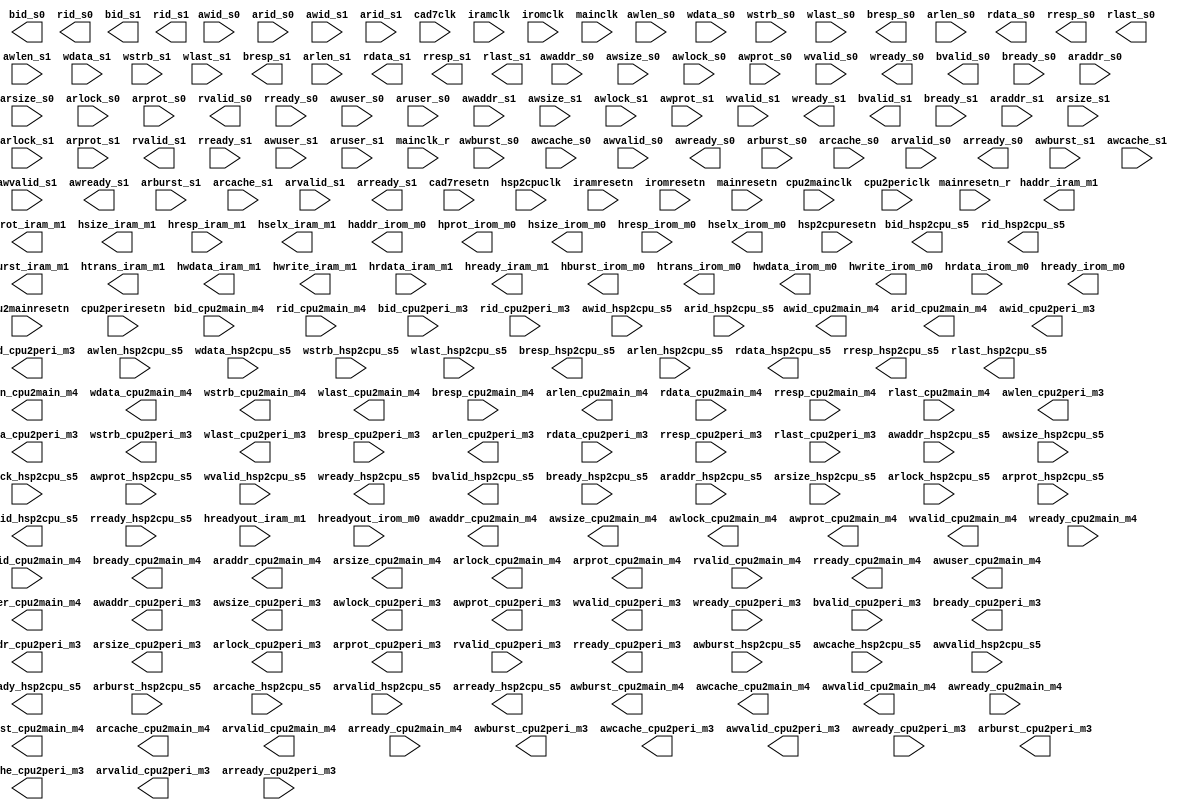
//- - - - - - - - - - - - - - - - - - - - - - - - - - - - - - - - - - - - - - -
// The confidential and proprietary information contained in this file may     
// only be used by a person authorised under and to the extent permitted       
// by a subsisting licensing agreement from ARM Limited.                       
//                                                                             
//            (C) COPYRIGHT 2005-2015 ARM Limited.
//                ALL RIGHTS RESERVED                                          
//                                                                             
// This entire notice must be reproduced on all copies of this file            
// and copies of this file may only be made by a person if such person is      
// permitted to do so under the terms of a subsisting license agreement        
// from ARM Limited.                                                           
//                                                                             
//- - - - - - - - - - - - - - - - - - - - - - - - - - - - - - - - - - - - - - -
// Top-Level Verilog file is auto-generated by AMBA Designer ADr3p5-01eac0-build-0005

//                                                                             
// Stitcher: generic_stitcher_core v3.1, built on Dec  1 2015
//                                                                             
//                                                                             
//- - - - - - - - - - - - - - - - - - - - - - - - - - - - - - - - - - - - - - -
// Generated with Validator version1.0


//-----------------------------------------------------------------------------
// Module Declaration nic400_wn7_cpu_r0p18
//-----------------------------------------------------------------------------

module bus_cpu (
  
// Instance: u_cd_cad7, Port: cad7_s0

  awid_s0,
  awaddr_s0,
  awlen_s0,
  awsize_s0,
  awburst_s0,
  awlock_s0,
  awcache_s0,
  awprot_s0,
  awvalid_s0,
  awready_s0,
  wdata_s0,
  wstrb_s0,
  wlast_s0,
  wvalid_s0,
  wready_s0,
  bid_s0,
  bresp_s0,
  bvalid_s0,
  bready_s0,
  arid_s0,
  araddr_s0,
  arlen_s0,
  arsize_s0,
  arburst_s0,
  arlock_s0,
  arcache_s0,
  arprot_s0,
  arvalid_s0,
  arready_s0,
  rid_s0,
  rdata_s0,
  rresp_s0,
  rlast_s0,
  rvalid_s0,
  rready_s0,
  awuser_s0,
  aruser_s0,

  awid_s1,
  awaddr_s1,
  awlen_s1,
  awsize_s1,
  awburst_s1,
  awlock_s1,
  awcache_s1,
  awprot_s1,
  awvalid_s1,
  awready_s1,
  wdata_s1,
  wstrb_s1,
  wlast_s1,
  wvalid_s1,
  wready_s1,
  bid_s1,
  bresp_s1,
  bvalid_s1,
  bready_s1,
  arid_s1,
  araddr_s1,
  arlen_s1,
  arsize_s1,
  arburst_s1,
  arlock_s1,
  arcache_s1,
  arprot_s1,
  arvalid_s1,
  arready_s1,
  rid_s1,
  rdata_s1,
  rresp_s1,
  rlast_s1,
  rvalid_s1,
  rready_s1,
  awuser_s1,
  aruser_s1,
  


// Instance: u_cd_cpu2main, Port: cpu2main_m4

  awid_cpu2main_m4,
  awaddr_cpu2main_m4,
  awlen_cpu2main_m4,
  awsize_cpu2main_m4,
  awburst_cpu2main_m4,
  awlock_cpu2main_m4,
  awcache_cpu2main_m4,
  awprot_cpu2main_m4,
  awvalid_cpu2main_m4,
  awready_cpu2main_m4,
  wdata_cpu2main_m4,
  wstrb_cpu2main_m4,
  wlast_cpu2main_m4,
  wvalid_cpu2main_m4,
  wready_cpu2main_m4,
  bid_cpu2main_m4,
  bresp_cpu2main_m4,
  bvalid_cpu2main_m4,
  bready_cpu2main_m4,
  arid_cpu2main_m4,
  araddr_cpu2main_m4,
  arlen_cpu2main_m4,
  arsize_cpu2main_m4,
  arburst_cpu2main_m4,
  arlock_cpu2main_m4,
  arcache_cpu2main_m4,
  arprot_cpu2main_m4,
  arvalid_cpu2main_m4,
  arready_cpu2main_m4,
  rid_cpu2main_m4,
  rdata_cpu2main_m4,
  rresp_cpu2main_m4,
  rlast_cpu2main_m4,
  rvalid_cpu2main_m4,
  rready_cpu2main_m4,
  awuser_cpu2main_m4,
  aruser_cpu2main_m4,
  
// Instance: u_cd_cpu2peri, Port: cpu2peri_m3

  awid_cpu2peri_m3,
  awaddr_cpu2peri_m3,
  awlen_cpu2peri_m3,
  awsize_cpu2peri_m3,
  awburst_cpu2peri_m3,
  awlock_cpu2peri_m3,
  awcache_cpu2peri_m3,
  awprot_cpu2peri_m3,
  awvalid_cpu2peri_m3,
  awready_cpu2peri_m3,
  wdata_cpu2peri_m3,
  wstrb_cpu2peri_m3,
  wlast_cpu2peri_m3,
  wvalid_cpu2peri_m3,
  wready_cpu2peri_m3,
  bid_cpu2peri_m3,
  bresp_cpu2peri_m3,
  bvalid_cpu2peri_m3,
  bready_cpu2peri_m3,
  arid_cpu2peri_m3,
  araddr_cpu2peri_m3,
  arlen_cpu2peri_m3,
  arsize_cpu2peri_m3,
  arburst_cpu2peri_m3,
  arlock_cpu2peri_m3,
  arcache_cpu2peri_m3,
  arprot_cpu2peri_m3,
  arvalid_cpu2peri_m3,
  arready_cpu2peri_m3,
  rid_cpu2peri_m3,
  rdata_cpu2peri_m3,
  rresp_cpu2peri_m3,
  rlast_cpu2peri_m3,
  rvalid_cpu2peri_m3,
  rready_cpu2peri_m3,
  

// Instance: u_cd_hsp2cpu, Port: hsp2cpu_s5

  awid_hsp2cpu_s5,
  awaddr_hsp2cpu_s5,
  awlen_hsp2cpu_s5,
  awsize_hsp2cpu_s5,
  awburst_hsp2cpu_s5,
  awlock_hsp2cpu_s5,
  awcache_hsp2cpu_s5,
  awprot_hsp2cpu_s5,
  awvalid_hsp2cpu_s5,
  awready_hsp2cpu_s5,
  wdata_hsp2cpu_s5,
  wstrb_hsp2cpu_s5,
  wlast_hsp2cpu_s5,
  wvalid_hsp2cpu_s5,
  wready_hsp2cpu_s5,
  bid_hsp2cpu_s5,
  bresp_hsp2cpu_s5,
  bvalid_hsp2cpu_s5,
  bready_hsp2cpu_s5,
  arid_hsp2cpu_s5,
  araddr_hsp2cpu_s5,
  arlen_hsp2cpu_s5,
  arsize_hsp2cpu_s5,
  arburst_hsp2cpu_s5,
  arlock_hsp2cpu_s5,
  arcache_hsp2cpu_s5,
  arprot_hsp2cpu_s5,
  arvalid_hsp2cpu_s5,
  arready_hsp2cpu_s5,
  rid_hsp2cpu_s5,
  rdata_hsp2cpu_s5,
  rresp_hsp2cpu_s5,
  rlast_hsp2cpu_s5,
  rvalid_hsp2cpu_s5,
  rready_hsp2cpu_s5,
  
// Instance: u_cd_iram, Port: iram_m1

  haddr_iram_m1,
  hburst_iram_m1,
  hprot_iram_m1,
  hsize_iram_m1,
  htrans_iram_m1,
  hwdata_iram_m1,
  hwrite_iram_m1,
  hrdata_iram_m1,
  hreadyout_iram_m1,
  hresp_iram_m1,
  hselx_iram_m1,
  hready_iram_m1,
  
// Instance: u_cd_irom, Port: irom_m0

  haddr_irom_m0,
  hburst_irom_m0,
  hprot_irom_m0,
  hsize_irom_m0,
  htrans_irom_m0,
  hwdata_irom_m0,
  hwrite_irom_m0,
  hrdata_irom_m0,
  hreadyout_irom_m0,
  hresp_irom_m0,
  hselx_irom_m0,
  hready_irom_m0,
  
//  Non-bus signals

  cad7clk,
  cad7resetn,
  cpu2mainclk,
  cpu2mainresetn,
  cpu2periclk,
  cpu2periresetn,
  hsp2cpuclk,
  hsp2cpuresetn,
  iramclk,
  iramresetn,
  iromclk,
  iromresetn,
  mainclk,
  mainclk_r,
  mainresetn,
  mainresetn_r,
);



//-----------------------------------------------------------------------------
// Port Declarations
//-----------------------------------------------------------------------------
// Instance: u_cd_cad7, Port: cad7_s0
input  [5:0]  awid_s0;
input  [32:0] awaddr_s0;
input  [7:0]  awlen_s0;
input  [2:0]  awsize_s0;
input  [1:0]  awburst_s0;
input  [1:0]  awlock_s0;
input  [3:0]  awcache_s0;
input  [2:0]  awprot_s0;
input         awvalid_s0;
output        awready_s0;
input  [127:0] wdata_s0;
input  [15:0] wstrb_s0;
input         wlast_s0;
input         wvalid_s0;
output        wready_s0;
output [5:0]  bid_s0;
output [1:0]  bresp_s0;
output        bvalid_s0;
input         bready_s0;
input  [5:0]  arid_s0;
input  [32:0] araddr_s0;
input  [7:0]  arlen_s0;
input  [2:0]  arsize_s0;
input  [1:0]  arburst_s0;
input         arlock_s0;
input  [3:0]  arcache_s0;
input  [2:0]  arprot_s0;
input         arvalid_s0;
output        arready_s0;
output [5:0]  rid_s0;
output [127:0] rdata_s0;
output [1:0]  rresp_s0;
output        rlast_s0;
output        rvalid_s0;
input         rready_s0;
input  [2:0]  awuser_s0;
input  [2:0]  aruser_s0;

input  [5:0]  awid_s1;
input  [32:0] awaddr_s1;
input  [7:0]  awlen_s1;
input  [2:0]  awsize_s1;
input  [1:0]  awburst_s1;
input         awlock_s1;
input  [3:0]  awcache_s1;
input  [2:0]  awprot_s1;
input         awvalid_s1;
output        awready_s1;
input  [127:0] wdata_s1;
input  [15:0] wstrb_s1;
input         wlast_s1;
input         wvalid_s1;
output        wready_s1;
output [5:0]  bid_s1;
output [1:0]  bresp_s1;
output        bvalid_s1;
input         bready_s1;
input  [5:0]  arid_s1;
input  [32:0] araddr_s1;
input  [7:0]  arlen_s1;
input  [2:0]  arsize_s1;
input  [1:0]  arburst_s1;
input         arlock_s1;
input  [3:0]  arcache_s1;
input  [2:0]  arprot_s1;
input         arvalid_s1;
output        arready_s1;
output [5:0]  rid_s1;
output [127:0] rdata_s1;
output [1:0]  rresp_s1;
output        rlast_s1;
output        rvalid_s1;
input         rready_s1;
input  [2:0]  awuser_s1;
input  [2:0]  aruser_s1;


// Instance: u_cd_cpu2main, Port: cpu2main_m4

output [10:0] awid_cpu2main_m4;
output [32:0] awaddr_cpu2main_m4;
output [7:0]  awlen_cpu2main_m4;
output [2:0]  awsize_cpu2main_m4;
output [1:0]  awburst_cpu2main_m4;
output        awlock_cpu2main_m4;
output [3:0]  awcache_cpu2main_m4;
output [2:0]  awprot_cpu2main_m4;
output        awvalid_cpu2main_m4;
input         awready_cpu2main_m4;
output [127:0] wdata_cpu2main_m4;
output [15:0] wstrb_cpu2main_m4;
output        wlast_cpu2main_m4;
output        wvalid_cpu2main_m4;
input         wready_cpu2main_m4;
input  [10:0] bid_cpu2main_m4;
input  [1:0]  bresp_cpu2main_m4;
input         bvalid_cpu2main_m4;
output        bready_cpu2main_m4;
output [10:0] arid_cpu2main_m4;
output [32:0] araddr_cpu2main_m4;
output [7:0]  arlen_cpu2main_m4;
output [2:0]  arsize_cpu2main_m4;
output [1:0]  arburst_cpu2main_m4;
output        arlock_cpu2main_m4;
output [3:0]  arcache_cpu2main_m4;
output [2:0]  arprot_cpu2main_m4;
output        arvalid_cpu2main_m4;
input         arready_cpu2main_m4;
input  [10:0] rid_cpu2main_m4;
input  [127:0] rdata_cpu2main_m4;
input  [1:0]  rresp_cpu2main_m4;
input         rlast_cpu2main_m4;
input         rvalid_cpu2main_m4;
output        rready_cpu2main_m4;
output [2:0]  awuser_cpu2main_m4;
output [2:0]  aruser_cpu2main_m4;

// Instance: u_cd_cpu2peri, Port: cpu2peri_m3

output [11:0] awid_cpu2peri_m3;
output [31:0] awaddr_cpu2peri_m3;
output [7:0]  awlen_cpu2peri_m3;
output [2:0]  awsize_cpu2peri_m3;
output [1:0]  awburst_cpu2peri_m3;
output        awlock_cpu2peri_m3;
output [3:0]  awcache_cpu2peri_m3;
output [2:0]  awprot_cpu2peri_m3;
output        awvalid_cpu2peri_m3;
input         awready_cpu2peri_m3;
output [31:0] wdata_cpu2peri_m3;
output [3:0]  wstrb_cpu2peri_m3;
output        wlast_cpu2peri_m3;
output        wvalid_cpu2peri_m3;
input         wready_cpu2peri_m3;
input  [11:0] bid_cpu2peri_m3;
input  [1:0]  bresp_cpu2peri_m3;
input         bvalid_cpu2peri_m3;
output        bready_cpu2peri_m3;
output [11:0] arid_cpu2peri_m3;
output [31:0] araddr_cpu2peri_m3;
output [7:0]  arlen_cpu2peri_m3;
output [2:0]  arsize_cpu2peri_m3;
output [1:0]  arburst_cpu2peri_m3;
output        arlock_cpu2peri_m3;
output [3:0]  arcache_cpu2peri_m3;
output [2:0]  arprot_cpu2peri_m3;
output        arvalid_cpu2peri_m3;
input         arready_cpu2peri_m3;
input  [11:0] rid_cpu2peri_m3;
input  [31:0] rdata_cpu2peri_m3;
input  [1:0]  rresp_cpu2peri_m3;
input         rlast_cpu2peri_m3;
input         rvalid_cpu2peri_m3;
output        rready_cpu2peri_m3;

// Instance: u_cd_hsp2cpu, Port: hsp2cpu_s5

input  [7:0]  awid_hsp2cpu_s5;
input  [32:0] awaddr_hsp2cpu_s5;
input  [7:0]  awlen_hsp2cpu_s5;
input  [2:0]  awsize_hsp2cpu_s5;
input  [1:0]  awburst_hsp2cpu_s5;
input         awlock_hsp2cpu_s5;
input  [3:0]  awcache_hsp2cpu_s5;
input  [2:0]  awprot_hsp2cpu_s5;
input         awvalid_hsp2cpu_s5;
output        awready_hsp2cpu_s5;
input  [31:0] wdata_hsp2cpu_s5;
input  [3:0]  wstrb_hsp2cpu_s5;
input         wlast_hsp2cpu_s5;
input         wvalid_hsp2cpu_s5;
output        wready_hsp2cpu_s5;
output [7:0]  bid_hsp2cpu_s5;
output [1:0]  bresp_hsp2cpu_s5;
output        bvalid_hsp2cpu_s5;
input         bready_hsp2cpu_s5;
input  [7:0]  arid_hsp2cpu_s5;
input  [32:0] araddr_hsp2cpu_s5;
input  [7:0]  arlen_hsp2cpu_s5;
input  [2:0]  arsize_hsp2cpu_s5;
input  [1:0]  arburst_hsp2cpu_s5;
input         arlock_hsp2cpu_s5;
input  [3:0]  arcache_hsp2cpu_s5;
input  [2:0]  arprot_hsp2cpu_s5;
input         arvalid_hsp2cpu_s5;
output        arready_hsp2cpu_s5;
output [7:0]  rid_hsp2cpu_s5;
output [31:0] rdata_hsp2cpu_s5;
output [1:0]  rresp_hsp2cpu_s5;
output        rlast_hsp2cpu_s5;
output        rvalid_hsp2cpu_s5;
input         rready_hsp2cpu_s5;

// Instance: u_cd_iram, Port: iram_m1

output [32:0] haddr_iram_m1;
output [2:0]  hburst_iram_m1;
output [3:0]  hprot_iram_m1;
output [2:0]  hsize_iram_m1;
output [1:0]  htrans_iram_m1;
output [31:0] hwdata_iram_m1;
output        hwrite_iram_m1;
input  [31:0] hrdata_iram_m1;
input         hreadyout_iram_m1;
input         hresp_iram_m1;
output        hselx_iram_m1;
output        hready_iram_m1;

// Instance: u_cd_irom, Port: irom_m0

output [32:0] haddr_irom_m0;
output [2:0]  hburst_irom_m0;
output [3:0]  hprot_irom_m0;
output [2:0]  hsize_irom_m0;
output [1:0]  htrans_irom_m0;
output [31:0] hwdata_irom_m0;
output        hwrite_irom_m0;
input  [31:0] hrdata_irom_m0;
input         hreadyout_irom_m0;
input         hresp_irom_m0;
output        hselx_irom_m0;
output        hready_irom_m0;

//  Non-bus signals

input         cad7clk;
input         cad7resetn;
input         cpu2mainclk;
input         cpu2mainresetn;
input         cpu2periclk;
input         cpu2periresetn;
input         hsp2cpuclk;
input         hsp2cpuresetn;
input         iramclk;
input         iramresetn;
input         iromclk;
input         iromresetn;
input         mainclk;
input         mainclk_r;
input         mainresetn;
input         mainresetn_r;

endmodule